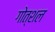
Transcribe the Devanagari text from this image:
गोत्शल